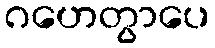
ဂဟေတွာပေ